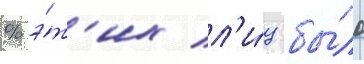
% э́т'их л'и́ц бы́ло